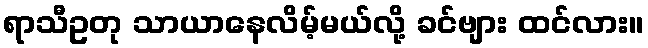
ရာသီဥတု သာယာနေလိမ့်မယ်လို့ ခင်ဗျား ထင်လား။